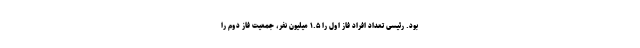
بود. رئیسی تعداد افراد فاز اول را ۱.۵ میلیون نفر، جمعیت فاز دوم را